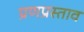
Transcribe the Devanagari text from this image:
प्रणप्रस्ताव